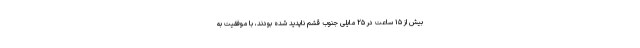
بیش از ۱۵ ساعت در ۲۵ مایلی جنوب قشم ناپدید شده بودند، با موفقیت به